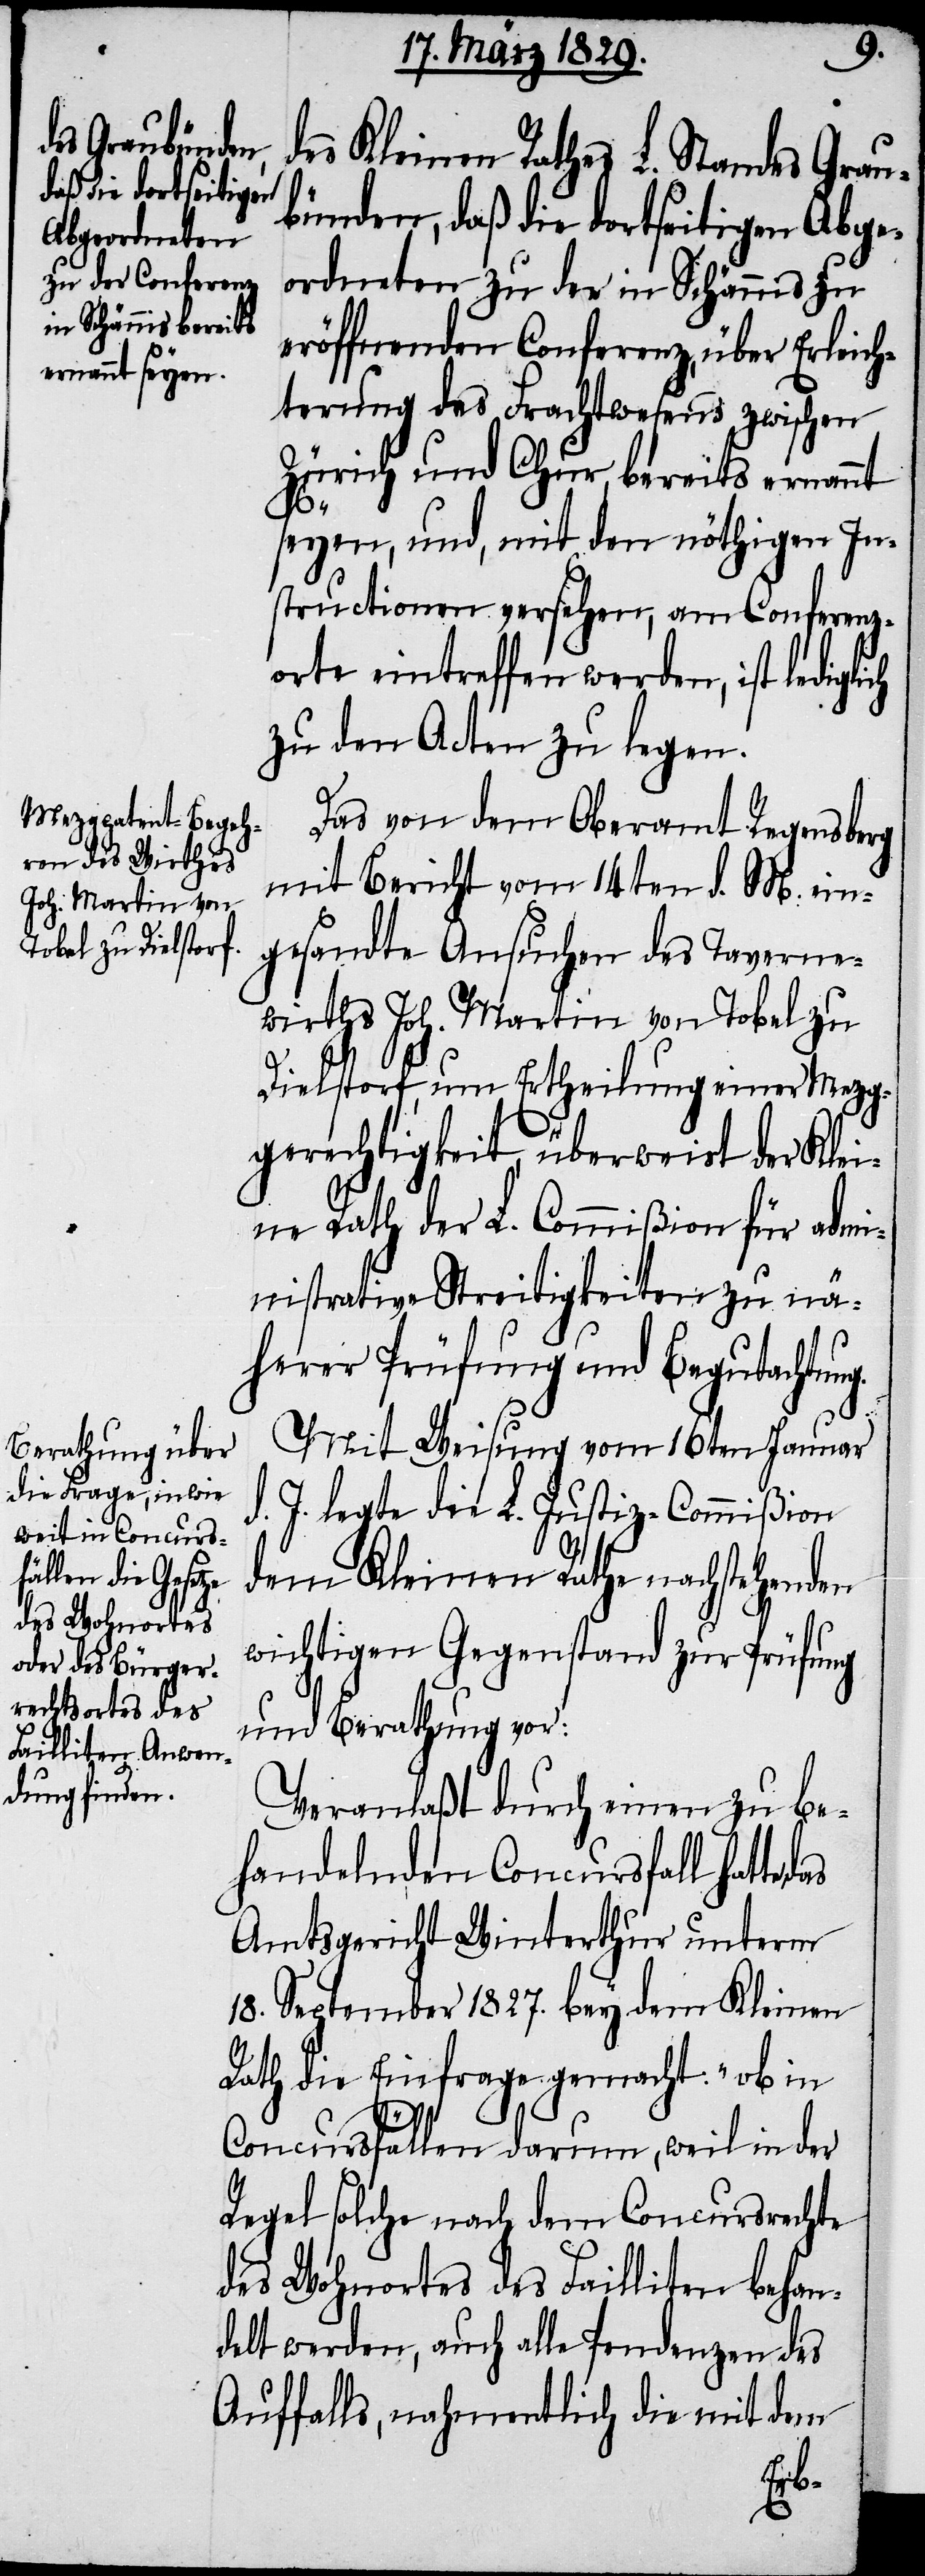
g.
des Kleinen Rathes L. Standes Grau¬
bünden, daß die dortseitigen Abge¬
ordneten zu der in Schännis zu
eröffnenden Conferenz, über Erleich¬
terung des Frachtwesens zwischen
Zürich und Chur, bereits ernannt
seyen, und, mit den nöthigen In¬
structionen versehen, am Conferenz¬
orte eintreffen werden, ist lediglich
zu den Acten zu legen.
Das von dem Oberamt Regensberg
mit Bericht vom 14ten d. M. ein¬
gesandte Ansuchen des Taverne¬
wirths Joh. Martin von Tobel zu
Dielstorf, um Ertheilung einer Mezg¬
gerechtigkeit, überweist der Klei¬
ne Rath der L. Commißion für admi¬
nistrative Streitigkeiten zu nä¬
herer Prüfung und Begutachtun¬
Mit Weisung vom 16ten Januar
d. J. legte die L. Justiz-Commißion
dem Kleinen Rathe nachstehenden
wichtigen Gegenstand zur Prüfung
und Berathung vor:
Veranlaßt durch einen zu be¬
handelnden Concursfall hatte
Amtsgericht Winterthur unterm
18. September 1827. bey dem Kleinen
Rath die Einfrage gemacht: „ob in
Concursfällen darum, weil in der
Regel solche nach dem Concursrecht
des Wohnortes des Failliten behan¬
delt werden, auch alle Pendenzen des
Auffalls, nahmentlich die mit dem